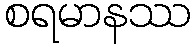
စရမာနဿ